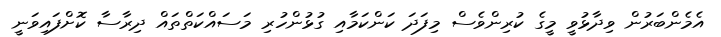
އެމެންބަރުން ވިދާޅުވީ މީގެ ކުރިންވެސް މިފަދަ ކަންކަމާއި ގުޅުންހުރި މަސައްކަތްތައް ދިރާސާ ކޮށްފައިވަނީ